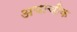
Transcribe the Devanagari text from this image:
अयाचीक